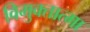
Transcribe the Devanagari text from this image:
विमुक्तात्मा